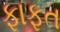
ફાફત